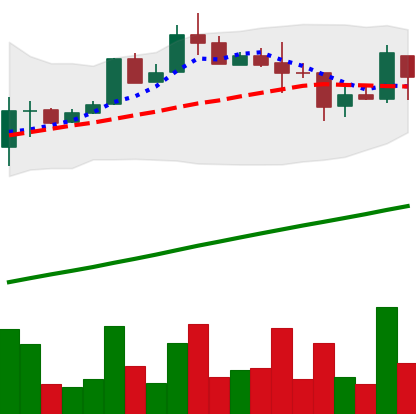
Ticker: LTC-USD
Chart end date: 2017-08-19
Forward return: 10.347%
Label: up_7plus